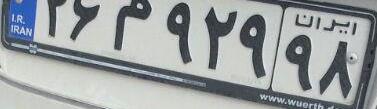
۲۶م۹۲۹۹۸